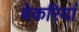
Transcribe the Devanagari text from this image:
बेकरियां